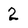
Character: 2